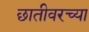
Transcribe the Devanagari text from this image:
छातीवरच्या